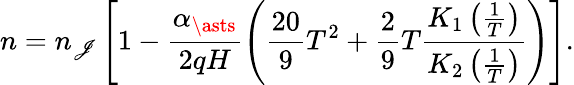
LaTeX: n=n_{\mathscr{J}}\left[1-\frac{{\alpha_{\asts}}}{{2qH}}\left(\frac{{20}}{{9}}T^{2}+\frac{{2}}{{9}}T\frac{{K_{1}\left(\frac{{1}}{{T}}\right)}}{{K_{2}\left(\frac{{1}}{{T}}\right)}}\right)\right].